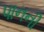
પાનની